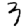
Digit: 3